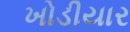
ખોડીયાર